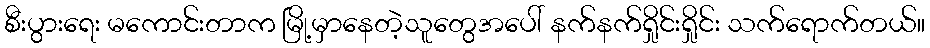
စီးပွားရေး မကောင်းတာက မြို့မှာနေတဲ့သူတွေအပေါ် နက်နက်ရှိုင်းရှိုင်း သက်ရောက်တယ်။